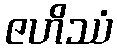
ဇဟိဿံ